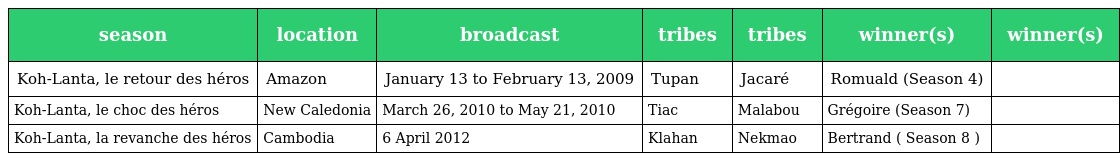
| season | location | broadcast | tribes | tribes | winner(s) | winner(s) |
 | --- | --- | --- | --- | --- | --- | --- |
 | Koh-Lanta, le retour des héros | Amazon | January 13 to February 13, 2009 | Tupan | Jacaré | Romuald (Season 4) |  |
 | Koh-Lanta, le choc des héros | New Caledonia | March 26, 2010 to May 21, 2010 | Tiac | Malabou | Grégoire (Season 7) |  |
 | Koh-Lanta, la revanche des héros | Cambodia | 6 April 2012 | Klahan | Nekmao | Bertrand ( Season 8 ) |  |